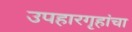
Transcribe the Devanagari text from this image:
उपहारगृहांचा